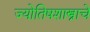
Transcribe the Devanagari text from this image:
ज्योतिषशास्त्राचे